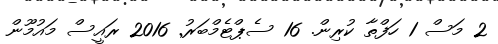
2 މަސް 1 ހަފްތާ ކުރިން. 16 ސެޕްޓެމްބަރު